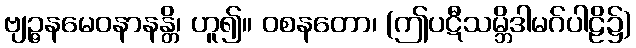
ဗျဉ္ဇနမေဝနာနန္တိ၊ ဟူ၍။ ဝစနတော၊ (ဤပဋီသမ္ဘိဒါမဂ်ပါဠိ၌)